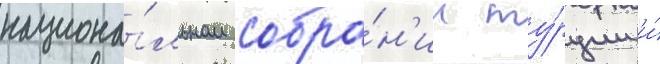
национа́льном собра́н'ии ту́рции и́